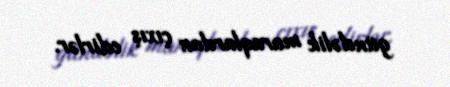
gündəlik maraqlardan çıxış edirlər.